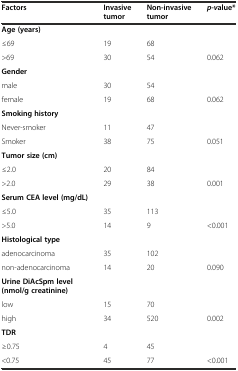
<table><thead><tr><td><b>Factors</b></td><td><b>Invasive tumor</b></td><td><b>Non-invasive tumor</b></td><td><b><i>p-v</i>alue*</b></td></tr></thead><tbody><tr><td><b>Age (years)</b></td><td></td><td></td><td></td></tr><tr><td>≤69</td><td>19</td><td>68</td><td></td></tr><tr><td>&gt;69</td><td>30</td><td>54</td><td>0.062</td></tr><tr><td><b>Gender</b></td><td></td><td></td><td></td></tr><tr><td>male</td><td>30</td><td>54</td><td></td></tr><tr><td>female</td><td>19</td><td>68</td><td>0.062</td></tr><tr><td><b>Smoking history</b></td><td></td><td></td><td></td></tr><tr><td>Never-smoker</td><td>11</td><td>47</td><td></td></tr><tr><td>Smoker</td><td>38</td><td>75</td><td>0.051</td></tr><tr><td><b>Tumor size (cm)</b></td><td></td><td></td><td></td></tr><tr><td>≤2.0</td><td>20</td><td>84</td><td></td></tr><tr><td>&gt;2.0</td><td>29</td><td>38</td><td>0.001</td></tr><tr><td><b>Serum CEA level (mg/dL)</b></td><td></td><td></td><td></td></tr><tr><td>≤5.0</td><td>35</td><td>113</td><td></td></tr><tr><td>&gt;5.0</td><td>14</td><td>9</td><td>&lt;0.001</td></tr><tr><td><b>Histological type</b></td><td></td><td></td><td></td></tr><tr><td>adenocarcinoma</td><td>35</td><td>102</td><td></td></tr><tr><td>non-adenocarcinoma</td><td>14</td><td>20</td><td>0.090</td></tr><tr><td><b>Urine DiAcSpm level (nmol/g creatinine)</b></td><td></td><td></td><td></td></tr><tr><td>low</td><td>15</td><td>70</td><td></td></tr><tr><td>high</td><td>34</td><td>520</td><td>0.002</td></tr><tr><td><b>TDR</b></td><td></td><td></td><td></td></tr><tr><td>≥0.75</td><td>4</td><td>45</td><td></td></tr><tr><td>&lt;0.75</td><td>45</td><td>77</td><td>&lt;0.001</td></tr></tbody></table>